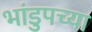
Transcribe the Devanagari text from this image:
भांडुपच्या